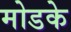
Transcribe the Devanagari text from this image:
मोडके